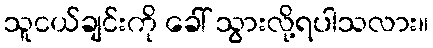
သူငယ်ချင်းကို ခေါ် သွားလို့ရပါသလား။